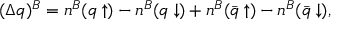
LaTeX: ( \Delta q ) ^ { B } = n ^ { B } ( q \uparrow ) - n ^ { B } ( q \downarrow ) + n ^ { B } ( \bar { q } \uparrow ) - n ^ { B } ( \bar { q } \downarrow ) ,